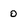
Character: 0